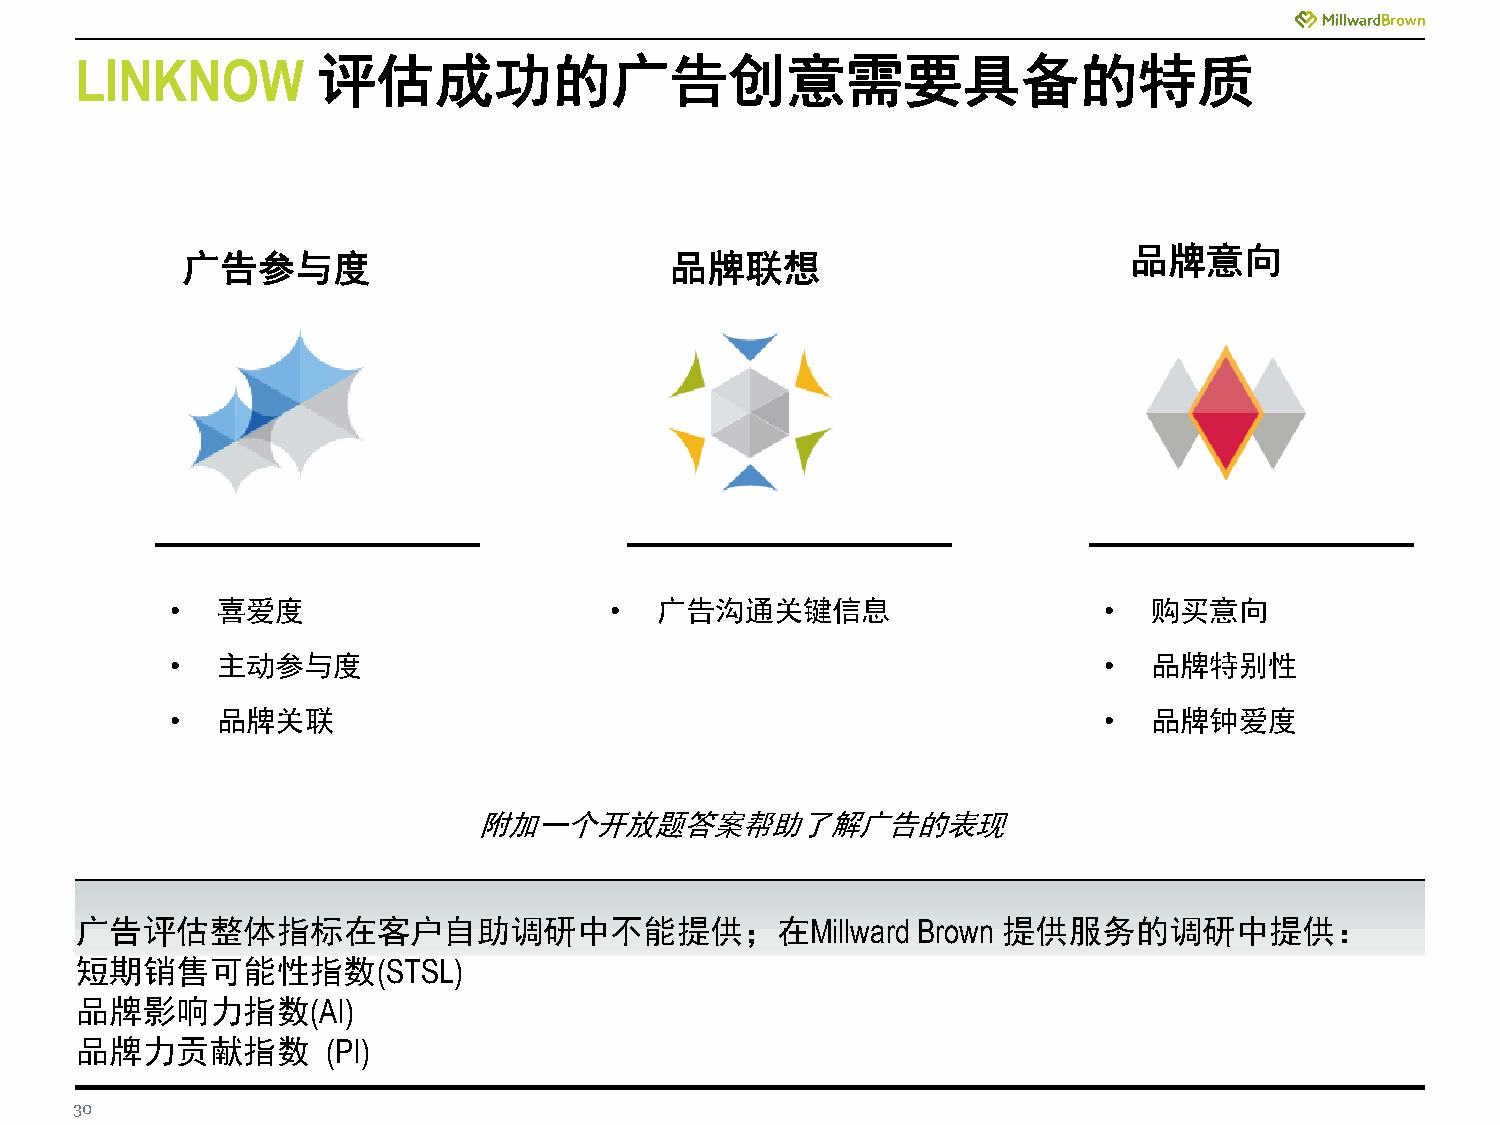
LINKNOW         评估成功的广告创意需要具备的特质
 品牌意向
 广告参与度                           品牌联想
 •  喜爱度                       •  广告沟通关键信息                      •  购买意向
 •  主动参与度                                                      •  品牌特别性
 •  品牌关联                                                       •  品牌钟爱度
 附加一个开放题答案帮助了解广告的表现
 广告评估整体指标在客户自助调研中不能提供；在Millward                          Brown 提供服务的调研中提供：
 短期销售可能性指数(STSL)
 品牌影响力指数(AI)
 品牌力贡献指数          (PI)
 30